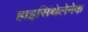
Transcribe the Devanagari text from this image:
हाइसिंथेलेनेक